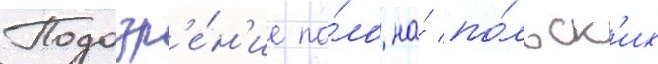
Подозр'е́н'ие па́ло на́ по́льск'их